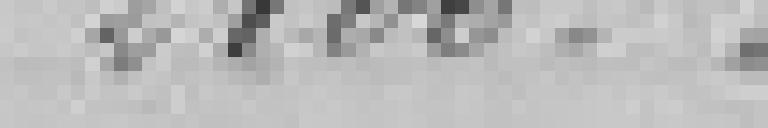
2100